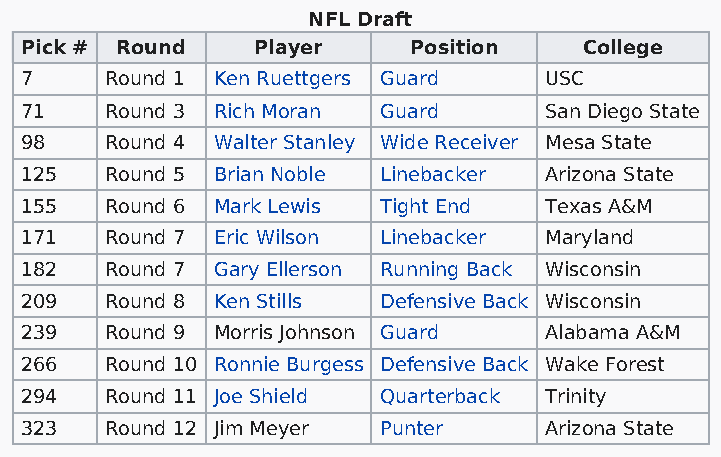
NFL Draft
 Pick # Round    Player    Position    College
 7     Round 1 Ken Ruettgers Guard  USC
 71    Round 3 Rich Moran Guard     San Diego State
 98    Round 4 Walter Stanley Wide Receiver Mesa State
 125   Round 5 Brian Noble Linebacker Arizona State
 155   Round 6 Mark Lewis Tight End Texas A&M
 171   Round 7 Eric Wilson Linebacker Maryland
 182   Round 7 Gary Ellerson Running Back Wisconsin
 209   Round 8 Ken Stills Defensive Back Wisconsin
 239   Round 9 Morris Johnson Guard Alabama A&M
 266   Round 10 Ronnie Burgess Defensive Back Wake Forest
 294   Round 11 Joe Shield Quarterback Trinity
 323   Round 12 Jim Meyer Punter    Arizona State